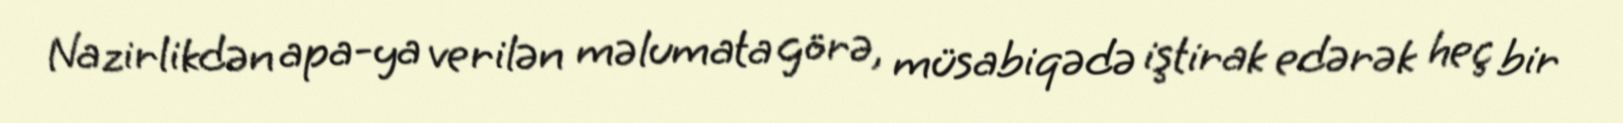
Nazirlikdən apa-ya verilən məlumata görə, müsabiqədə iştirak edərək heç bir